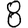
Digit: 8